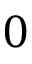
0